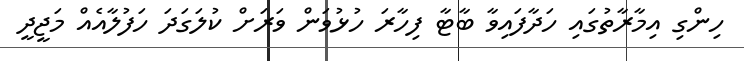
ހިންގި އިމާރާތުގައި ހަދާފައިވާ ބާޓާ ފިހާރަ ހުޅުވަން ވަރަށް ކުލަގަދަ ހަފުލާއެއް މަޖީދީ